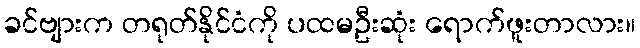
ခင်ဗျားက တရုတ်နိုင်ငံကို ပထမဦးဆုံး ရောက်ဖူးတာလား။